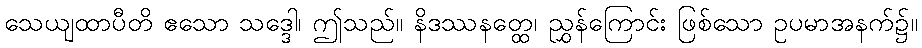
သေယျထာပီတိ ဧသော သဒ္ဒေါ၊ ဤသည်။ နိဒဿနတ္ထေ၊ ညွှန်ကြောင်း ဖြစ်သော ဥပမာအနက်၌။